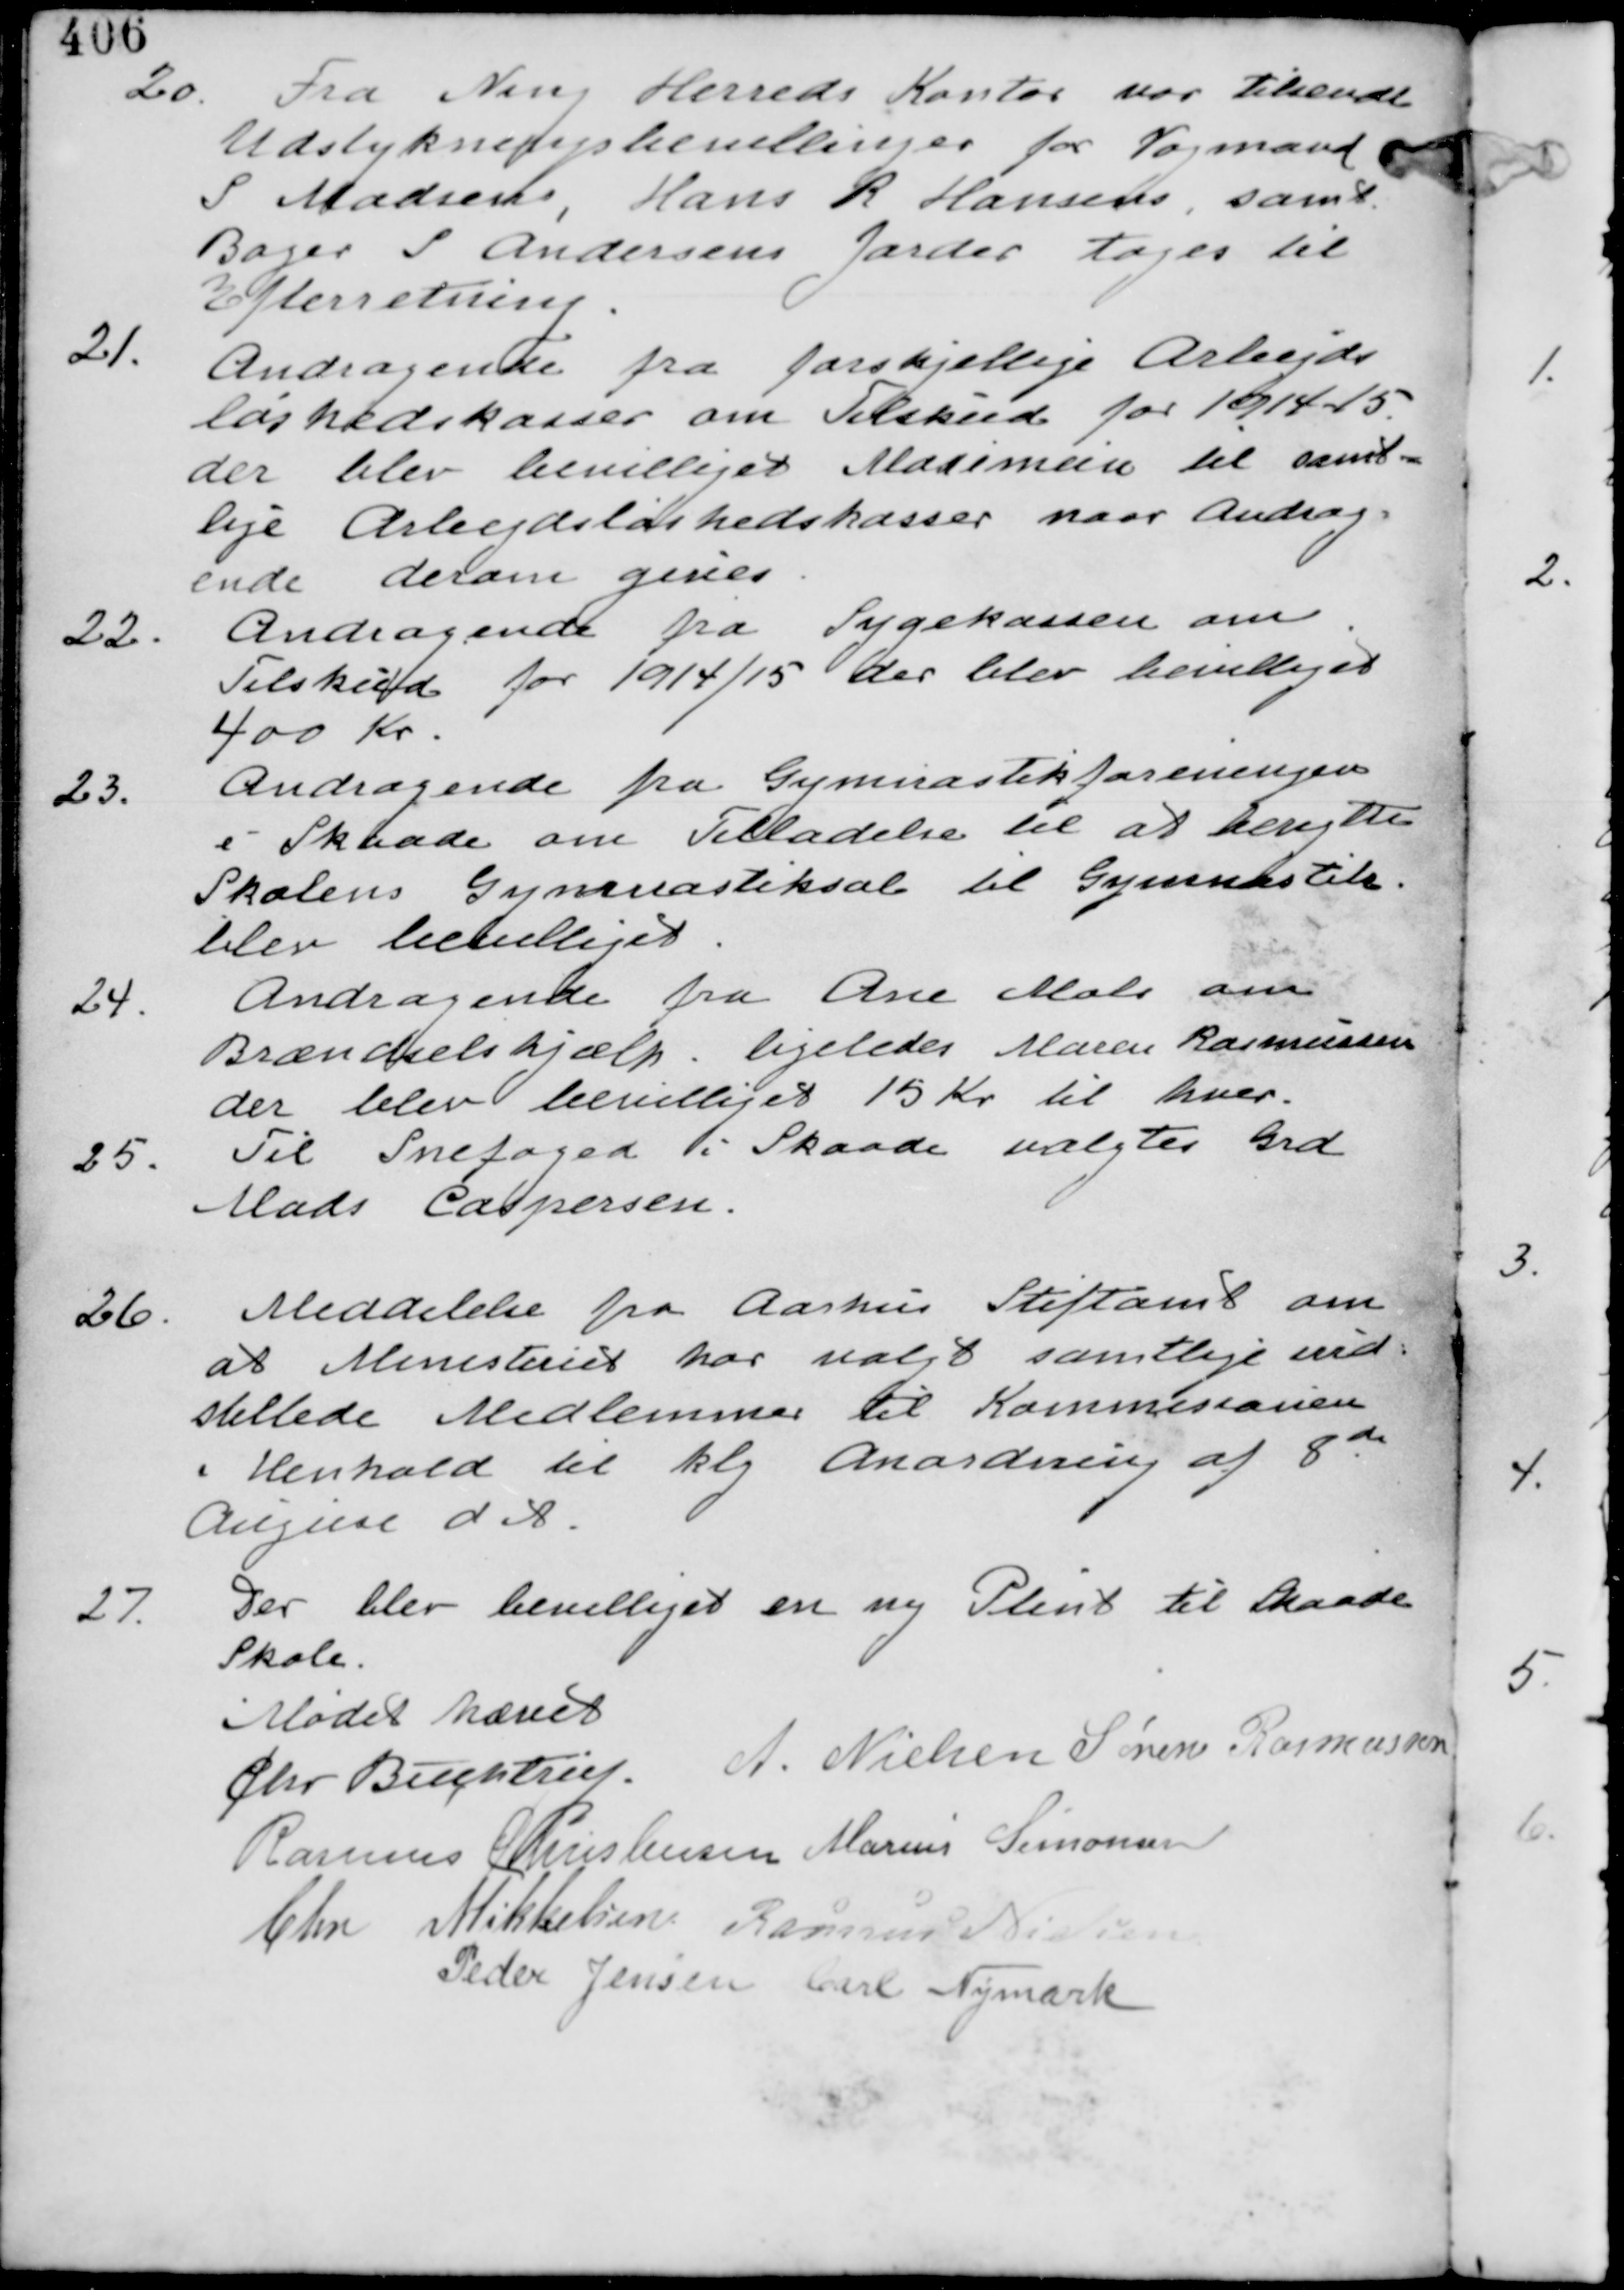
Transskription:
20.
Fra Ning Herreds Kontor var tilsendt
Udstykningsbevillinger for Vognmand
S Madsen, Hans R Hansen, samt
Bager S Andersens Jorder tages til
Efterretning.

21.
Andragende fra forskjellige Arbejds
løshedskasser om Tilskud for 1914/15
der blev bevilliget Maximun til samt-
lige Arbejdsløshedskasser naar Andra-
ende derom gives.

22.
Andragende fra Sygekassen om
Tilskud for 1914/15 der blev bevilliget
400 Kr.

23.
Andragende fra Gymnastikforeningen
i Skaade om Tilladelse til at benytte
Skolens Gymnastiksal til Gymnastik
blev bevilliget.

24.
Andragende fra Ane Mols om
Brændselshjælp ligeledes Maren Rasmussen
der blev bevilliget 15 Kr til hver.

25. Til Snefoged i Skaade valgtes Grd
Mads Caspersen.

26. Meddelelse fra Aarhus Stiftamt om
at Ministeriet har valgt samtlige ind-
stillede Medlemmer til Kommisionen
i Henhold til kgl Anordning af 8de
August d A.

27.
Der blev bevilliget en ny Plint til Skaade
Skole.

Mødet hævet
Chr Buchtrup. A. Nielsen Søren Rasmussen
Rasmus Christensen Marius Simonsen
Chr Mikkelsen Rasmus Nielsen
Peder Jensen Carl Nymark